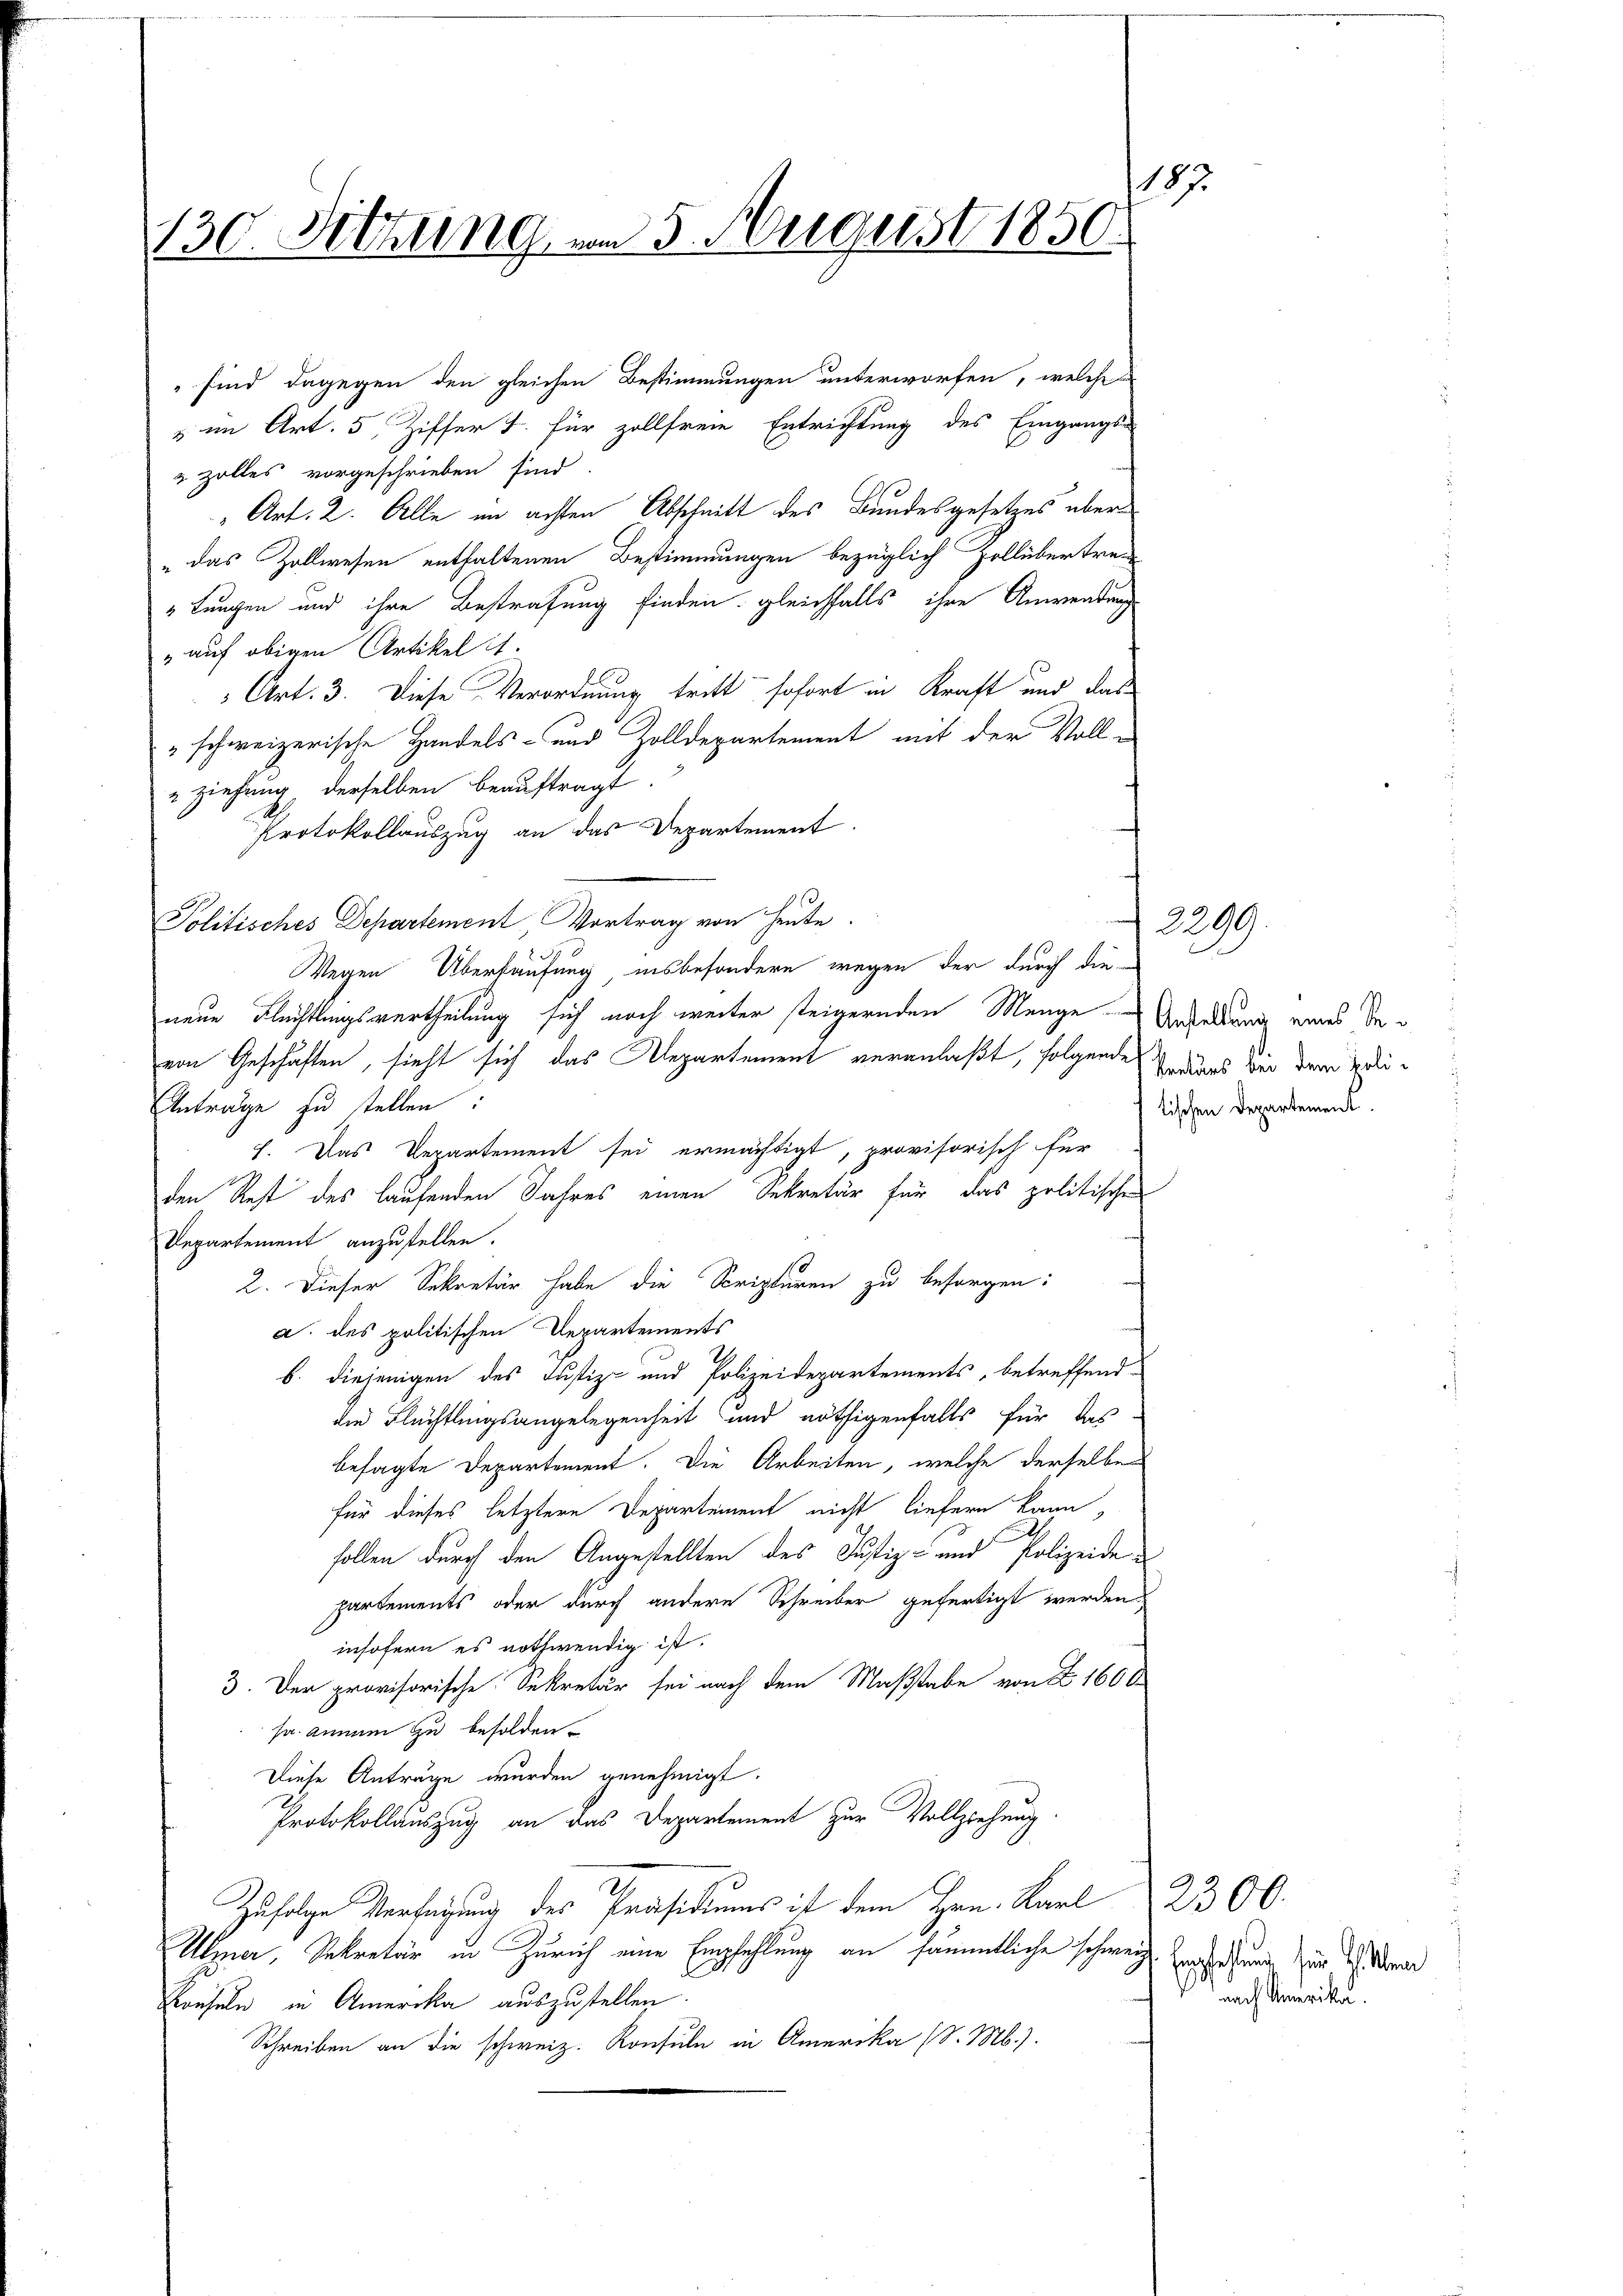
130. Sitzung vom 5. August 1850.

sind dagegen den gleichen Bestimmungen unterworfen, welche
u im Art. 5 Ziffer u. für zollfreie Entrichtung des Eingangs-
& Zolles vorgeschrieben sind
" Art. 2. Alle im achten Abschnitt des Bundesgesetzes über
„ das Zollwesen enthaltenen Bestimmungen bezüglich Zollübertre¬
 Lungen und ihre Bestrafung finden, gleichfalls ihre Anwendung
" auf obigen Artikel is
Art. 3. Diese Verordnung tritt sofort in Kraft und das
" schweizerische Handels- und Zolldepartement mit der Voll¬
" ziehung, derselben beauftragt.
Protokollauszug an das Departement.
Politisches Departement, Vortrag von heute.
Wegen Überhäufung insbesondere wegen der durch dieneue Flüchtlingsvertheilung sich noch weiter steigernden Menge Andellung eines devon Geschäften, sieht sich das Departement veranlaßt, folgende Bediens bei dem Polinträge zu stellen:
7. Das Departement sei ermächtigt, provisorisch für
den Rest des laufenden Jahres einen Sekretär für das politischen
Departement anzustellen.
2. Dieser Sekretär habe die Scripturen zu besorgen:
a. des politischen Departements
b. diejenigen des Justiz- und Polizeidepartements, betreffend
die Flüchtlingsangelegenheit und nöthigenfalls für das
besagte Departement. Die Arbeiten, welche derselben
für dieses letztere Departement nicht liefern kann,
follen durch den Angestellten des Justiz- und Polizeide
partements oder durch andere Schreiber gefertigt werden,
insofern es nothwendig ist.
3. Der provisorische Sekretär sei nach dem Maßstabe von § 1600
sa annum zu besolden.
Diese Anträge wurden genehmigt.
Protokollauszug an das Departement zur Vollziehung
Zufolge Verfügung des Präsidiums ist dem Hrn. Karl
Utzner, Sekretär in Zürich eine Empfehlung an sämmtliche schweiz. Zinsfunde zur Stra
Kruseln in Amerika auszustellen.
Schreiben an die schweiz. Konsuln in Amerika (S. M.).

187

tischen Departement.

2299.

nach Amerika.

2300.